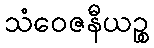
သံဝေဇနီယဉ္စ